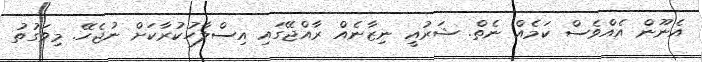
އެނޫން އެއްވެސް ކަމެއް ނެތް. ޝަރުއީ ނިޒާނެއް ރާއްޖޭގައި އިސްލާހުކުރާކަށް ނުޖެހޭ. މިވަގުތު